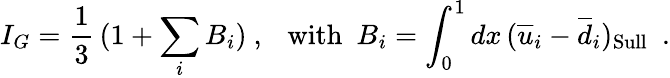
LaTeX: I_{G}=\frac{1}{3}\, (1+\sum_{i}B_{i})\ ,\ \ \ \mathrm{with}\ \ B_{i}=\int_{0}^{1}dx\, (\overline{{u}}_{i}-\overline{{d}}_{i})_{\mathrm{Sull}}\ \ .